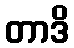
တာဒိ